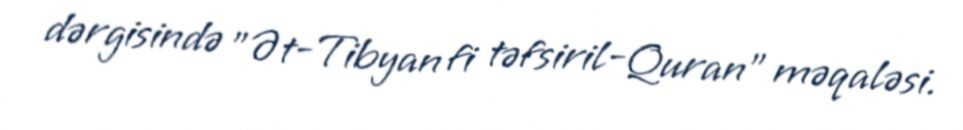
dərgisində "Ət-Tibyan fi təfsiril-Quran" məqaləsi.